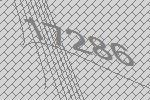
17286